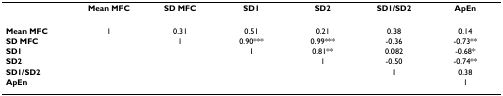
<table><thead><tr><td></td><td><b>Mean MFC</b></td><td><b>SD MFC</b></td><td><b>SD1</b></td><td><b>SD2</b></td><td><b>SD1/SD2</b></td><td><b>ApEn</b></td></tr></thead><tbody><tr><td><b>Mean MFC</b></td><td>1</td><td>0.31</td><td>0.51</td><td>0.21</td><td>0.38</td><td>0.14</td></tr><tr><td><b>SD MFC</b></td><td></td><td>1</td><td>0.90***</td><td>0.99***</td><td>-0.36</td><td>-0.73**</td></tr><tr><td><b>SD1</b></td><td></td><td></td><td>1</td><td>0.81**</td><td>0.082</td><td>-0.68*</td></tr><tr><td><b>SD2</b></td><td></td><td></td><td></td><td>1</td><td>-0.50</td><td>-0.74**</td></tr><tr><td><b>SD1/SD2</b></td><td></td><td></td><td></td><td></td><td>1</td><td>0.38</td></tr><tr><td><b>ApEn</b></td><td></td><td></td><td></td><td></td><td></td><td>1</td></tr></tbody></table>